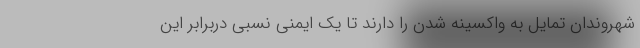
شهروندان تمایل به واکسینه شدن را دارند تا یک ایمنی نسبی دربرابر این